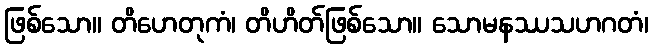
ဖြစ်သော။ တိဟေတုကံ၊ တိဟိတ်ဖြစ်သော။ သောမနဿသဟဂတံ၊